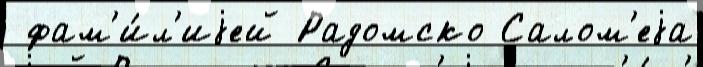
 фам'и́л'иjей Радомско Салом'еjа